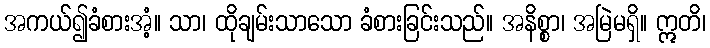
အကယ်၍ခံစားအံ့။ သာ၊ ထိုချမ်းသာသော ခံစားခြင်းသည်။ အနိစ္စာ၊ အမြဲမရှိ။ ဣတိ၊